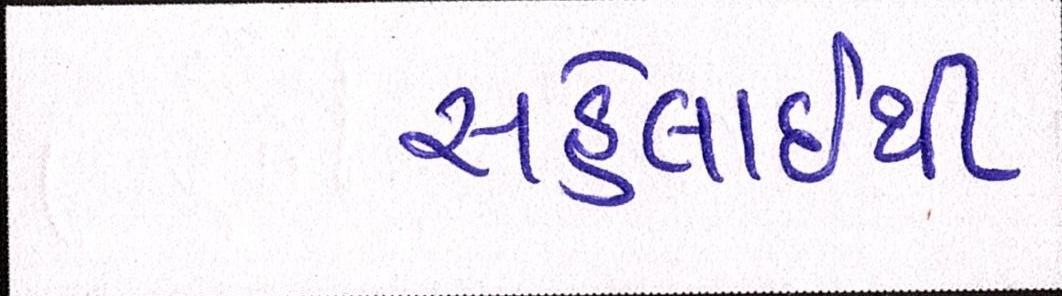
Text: સહેલાઇથી